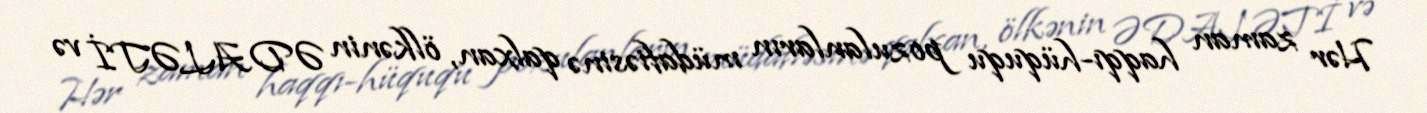
Hər zaman haqqı-hüququ pozulanların müdafiəsinə qalxan, ölkənin ƏDALƏTİ və